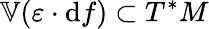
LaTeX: \mathbb{V}(\varepsilon\cdot\mathrm{d}f)\subset T^{*}M